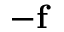
- \mathbf { f }